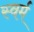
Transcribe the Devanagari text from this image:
स्वर्म